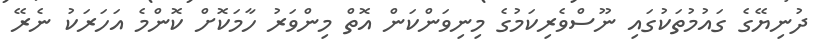
ދުނިޔޭގެ ގައުމުތަކުގައި ނޫސްވެރިކަމުގެ މިނިވަންކަން އޮތް މިންވަރު ހާމަކޮށް ކޮންމެ އަހަރަކު ނެރޭ